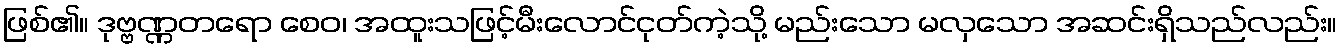
ဖြစ်၏။ ဒုဗ္ဗဏ္ဏတရော စေဝ၊ အထူးသဖြင့်မီးလောင်ငုတ်ကဲ့သို့ မည်းသော မလှသော အဆင်းရှိသည်လည်း။